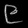
Digit: ၉